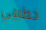
خطيبي